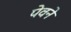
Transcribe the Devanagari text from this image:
पेवने